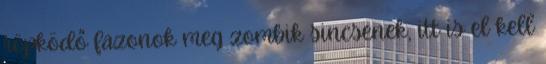
röpködő fazonok meg zombik sincsenek, itt is el kell